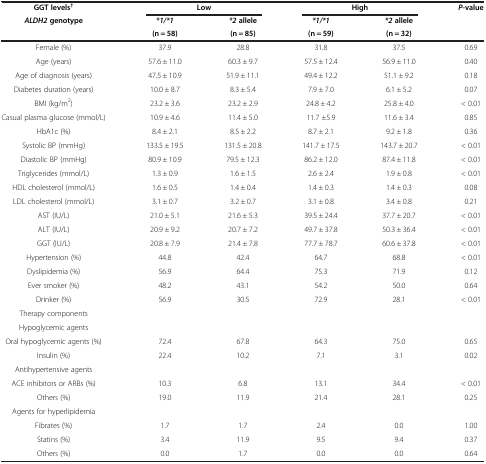
<table><thead><tr><td><b>GGT levels<sup>†</sup></b></td><td colspan="2"><b>Low</b></td><td colspan="2"><b>High</b></td><td rowspan="3"><b><i>P</i>-value</b></td></tr><tr><td rowspan="2"><b><i>ALDH2 </i>genotype</b></td><td><b><i>*1/*1</i></b></td><td><b><i>*2 </i>allele</b></td><td><b><i>*1/*1</i></b></td><td><b><i>*2 </i>allele</b></td></tr><tr><td><b>(n = 58)</b></td><td><b>(n = 85)</b></td><td><b>(n = 59)</b></td><td><b>(n = 32)</b></td></tr></thead><tbody><tr><td>Female (%)</td><td>37.9</td><td>28.8</td><td>31.8</td><td>37.5</td><td>0.69</td></tr><tr><td>Age (years)</td><td>57.6 ± 11.0</td><td>60.3 ± 9.7</td><td>57.5 ± 12.4</td><td>56.9 ± 11.0</td><td>0.40</td></tr><tr><td>Age of diagnosis (years)</td><td>47.5 ± 10.9</td><td>51.9 ± 11.1</td><td>49.4 ± 12.2</td><td>51.1 ± 9.2</td><td>0.18</td></tr><tr><td>Diabetes duration (years)</td><td>10.0 ± 8.7</td><td>8.3 ± 5.4</td><td>7.9 ± 7.0</td><td>6.1 ± 5.2</td><td>0.07</td></tr><tr><td>BMI (kg/m<sup>2</sup>)</td><td>23.2 ± 3.6</td><td>23.2 ± 2.9</td><td>24.8 ± 4.2</td><td>25.8 ± 4.0</td><td>&lt; 0.01</td></tr><tr><td>Casual plasma glucose (mmol/L)</td><td>10.9 ± 4.6</td><td>11.4 ± 5.0</td><td>11.7 ±5.9</td><td>11.6 ± 3.4</td><td>0.85</td></tr><tr><td>HbA1c (%)</td><td>8.4 ± 2.1</td><td>8.5 ± 2.2</td><td>8.7 ± 2.1</td><td>9.2 ± 1.8</td><td>0.36</td></tr><tr><td>Systolic BP (mmHg)</td><td>133.5 ± 19.5</td><td>131.5 ± 20.8</td><td>141.7 ± 17.5</td><td>143.7 ± 20.7</td><td>&lt; 0.01</td></tr><tr><td>Diastolic BP (mmHg)</td><td>80.9 ± 10.9</td><td>79.5 ± 12.3</td><td>86.2 ± 12.0</td><td>87.4 ± 11.8</td><td>&lt; 0.01</td></tr><tr><td>Triglycerides (mmol/L)</td><td>1.3 ± 0.9</td><td>1.6 ± 1.5</td><td>2.6 ± 2.4</td><td>1.9 ± 0.8</td><td>&lt; 0.01</td></tr><tr><td>HDL cholesterol (mmol/L)</td><td>1.6 ± 0.5</td><td>1.4 ± 0.4</td><td>1.4 ± 0.3</td><td>1.4 ± 0.3</td><td>0.08</td></tr><tr><td>LDL cholesterol (mmol/L)</td><td>3.1 ± 0.7</td><td>3.2 ± 0.7</td><td>3.1 ± 0.8</td><td>3.4 ± 0.8</td><td>0.21</td></tr><tr><td>AST (IU/L)</td><td>21.0 ± 5.1</td><td>21.6 ± 5.3</td><td>39.5 ± 24.4</td><td>37.7 ± 20.7</td><td>&lt; 0.01</td></tr><tr><td>ALT (IU/L)</td><td>20.9 ± 9.2</td><td>20.7 ± 7.2</td><td>49.7 ± 37.8</td><td>50.3 ± 36.4</td><td>&lt; 0.01</td></tr><tr><td>GGT (IU/L)</td><td>20.8 ± 7.9</td><td>21.4 ± 7.8</td><td>77.7 ± 78.7</td><td>60.6 ± 37.8</td><td>&lt; 0.01</td></tr><tr><td>Hypertension (%)</td><td>44.8</td><td>42.4</td><td>64.7</td><td>68.8</td><td>&lt; 0.01</td></tr><tr><td>Dyslipidemia (%)</td><td>56.9</td><td>64.4</td><td>75.3</td><td>71.9</td><td>0.12</td></tr><tr><td>Ever smoker (%)</td><td>48.2</td><td>43.1</td><td>54.2</td><td>50.0</td><td>0.64</td></tr><tr><td>Drinker (%)</td><td>56.9</td><td>30.5</td><td>72.9</td><td>28.1</td><td>&lt; 0.01</td></tr><tr><td>Therapy components</td><td> </td><td> </td><td> </td><td> </td><td> </td></tr><tr><td>Hypoglycemic agents</td><td> </td><td> </td><td> </td><td> </td><td> </td></tr><tr><td>Oral hypoglycemic agents (%)</td><td>72.4</td><td>67.8</td><td>64.3</td><td>75.0</td><td>0.65</td></tr><tr><td>Insulin (%)</td><td>22.4</td><td>10.2</td><td>7.1</td><td>3.1</td><td>0.02</td></tr><tr><td>Antihypertensive agents</td><td> </td><td> </td><td> </td><td> </td><td> </td></tr><tr><td>ACE inhibitors or ARBs (%)</td><td>10.3</td><td>6.8</td><td>13.1</td><td>34.4</td><td>&lt; 0.01</td></tr><tr><td>Others (%)</td><td>19.0</td><td>11.9</td><td>21.4</td><td>28.1</td><td>0.25</td></tr><tr><td>Agents for hyperlipidemia</td><td> </td><td> </td><td> </td><td> </td><td> </td></tr><tr><td>Fibrates (%)</td><td>1.7</td><td>1.7</td><td>2.4</td><td>0.0</td><td>1.00</td></tr><tr><td>Statins (%)</td><td>3.4</td><td>11.9</td><td>9.5</td><td>9.4</td><td>0.37</td></tr><tr><td>Others (%)</td><td>0.0</td><td>1.7</td><td>0.0</td><td>0.0</td><td>0.64</td></tr></tbody></table>